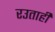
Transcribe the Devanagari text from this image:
रउताही